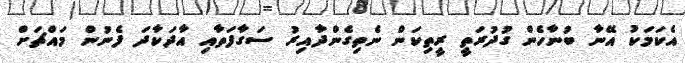
އެކަމަކު އޭނާ ބުނާހެން ގުދުރަތީ ރީތިކަން ނެތިގެންދާއިރު ސަގާފަތާއި އާދަކާދަ ފެނުން މައްޗަށް